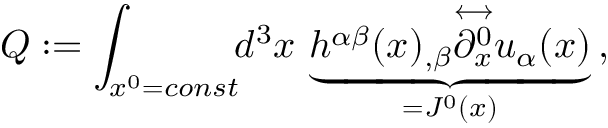
Q : = \int _ { x ^ { 0 } = c o n s t } \! \! d ^ { 3 } x \, \underbrace { h ^ { \alpha \beta } ( x ) _ { , \beta } { \stackrel { \longleftrightarrow } { \partial _ { x } ^ { 0 } } } u _ { \alpha } ( x ) } _ { = J ^ { 0 } ( x ) } \, ,